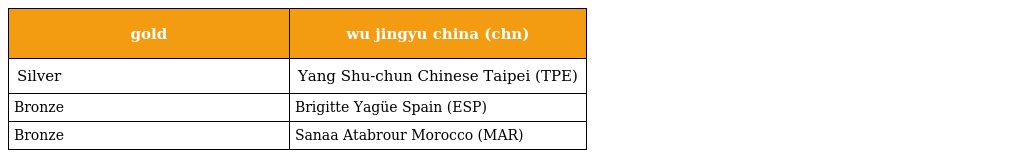
| gold | wu jingyu china (chn) |
 | --- | --- |
 | Silver | Yang Shu-chun Chinese Taipei (TPE) |
 | Bronze | Brigitte Yagüe Spain (ESP) |
 | Bronze | Sanaa Atabrour Morocco (MAR) |